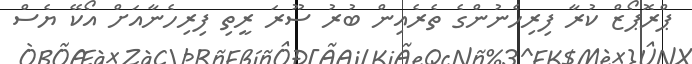
ޕްރޮޕޯޒް ކުރާ ފިރިހެނުންގެ ތެރެއިން ބުރު ސޫރަ ރީތި ފިރިހެނާއަށް އޯކޭ ޔެސް